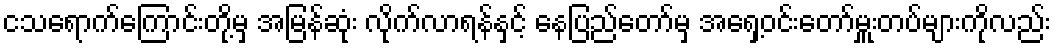
ငသရောက်ကြောင်းတို့မှ အမြန်ဆုံး လိုက်လာရန်နှင့် နေပြည်တော်မှ အရှေ့ဝင်းတော်မှူးတပ်များကိုလည်း